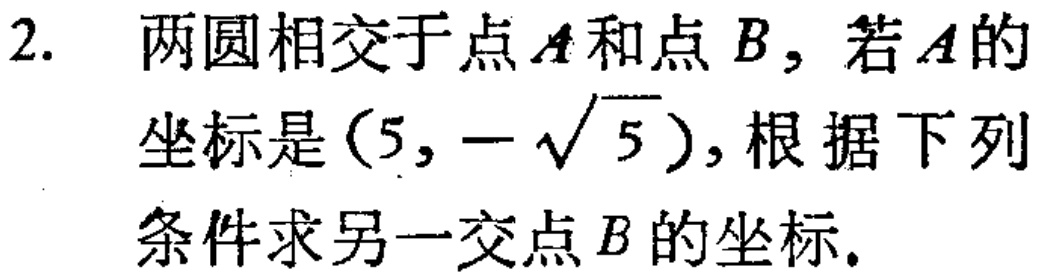
2. 两圆相交于点$A$和点$B$，若$A$的坐标是$(5,-\sqrt{5})$，根据下列条件求另一交点$B$的坐标。